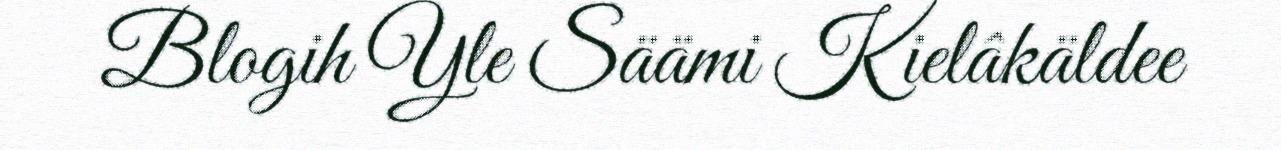
Blogih Yle Säämi Kielâkäldee